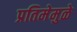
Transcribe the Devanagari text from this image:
प्रतिमेमुळे